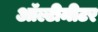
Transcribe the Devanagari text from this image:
ऑल्टीमीटर